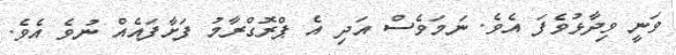
ވަނީ ވިދާޅުވެފަ އެވެ. ނަމަވެސް އަދި އެ ޕްރޮގްރާމު ފަށާފައެއް ނުވެ އެވެ.